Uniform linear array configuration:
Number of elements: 48
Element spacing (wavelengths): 1
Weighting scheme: hamming
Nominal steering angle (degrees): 15
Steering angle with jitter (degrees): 15.445
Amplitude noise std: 0.05
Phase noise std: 0.05

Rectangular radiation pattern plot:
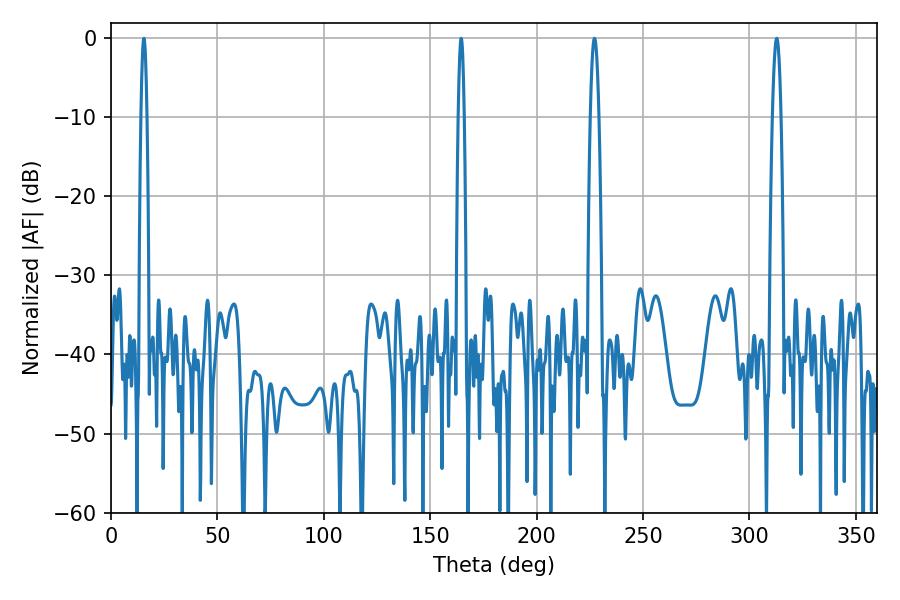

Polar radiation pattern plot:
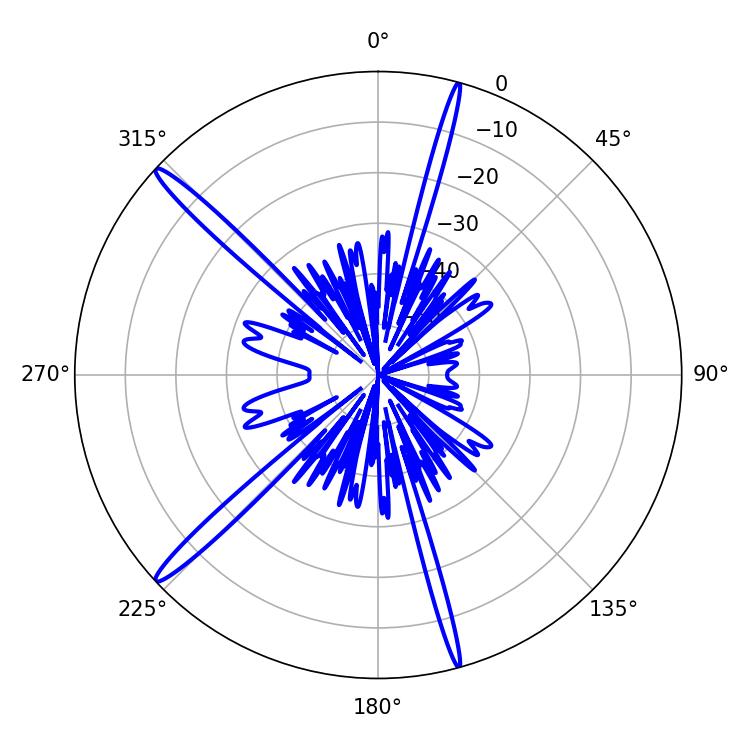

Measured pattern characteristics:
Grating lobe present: TRUE
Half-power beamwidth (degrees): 2.16
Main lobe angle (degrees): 227.16